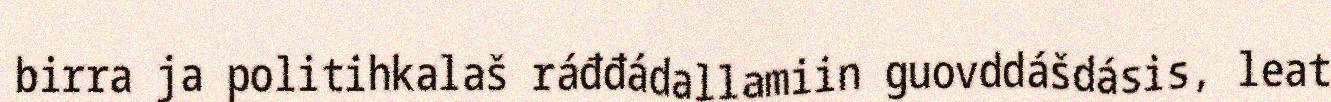
birra ja politihkalaš ráđđádallamiin guovddášdásis, leat